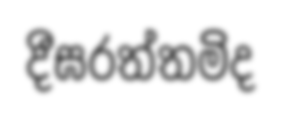
දීඝරත්තමිද